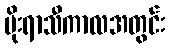
မိုးရာသီကာလအတွင်း